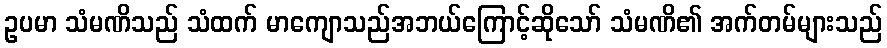
ဥပမာ သံမဏိသည် သံထက် မာကျောသည်အဘယ်ကြောင့်ဆိုသော် သံမဏိ၏ အက်တမ်များသည်